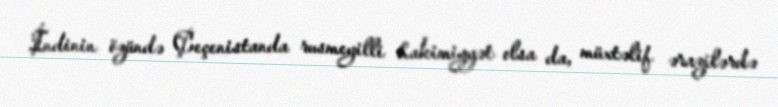
İndinin özündə Çeçenistanda rusmeyilli hakimiyyət olsa da, müxtəlif ərazilərdə